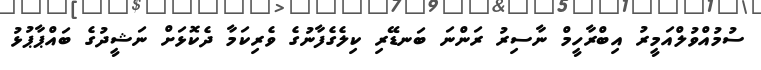
ސުމުއްވުލްއަމީރު އިބްރާހީމް ނާސިރު ރަންނަ ބަނޑޭރި ކިލެގެފާނުގެ ވެރިކަމާ ދެކޮޅަށް ނަޝީދުގެ ބައްޕާޕުޅު